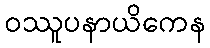
ဝဿူပနာယိကေန